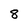
Character: 8